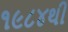
૧૯૮૪થી